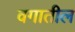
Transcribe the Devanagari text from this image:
वगातील